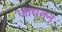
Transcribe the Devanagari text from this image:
जायतन